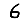
Digit: 6